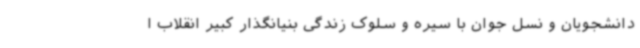
دانشجویان و نسل جوان با سیره و سلوک زندگی بنیانگذار کبیر انقلاب ا